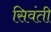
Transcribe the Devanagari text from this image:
सिवंती